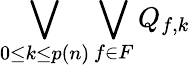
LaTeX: \bigvee_{0\leq k\leq p(n)}\bigvee_{f\in F}Q_{f,k}